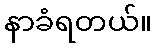
နာခံရတယ်။